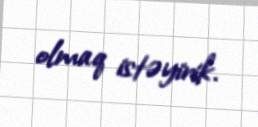
olmaq istəyirik.